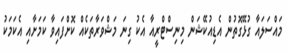
މައްސަލައާ ގުޅޭގޮތުން އެޑިއުކޭޝަން މިނިސްޓްރީއާ އެކު ގިނަ މަޝްވަރާތަކެއް ކޮށްފައިވާ ކަމަށާއި އެކަމަކު